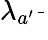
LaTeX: \lambda_{a^{\prime}}{\frac{}{}}